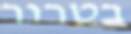
בטרור